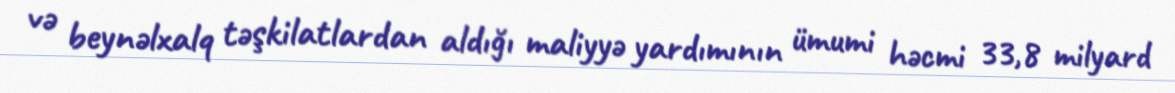
və beynəlxalq təşkilatlardan aldığı maliyyə yardımının ümumi həcmi 33,8 milyard